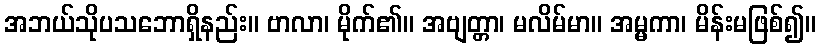
အဘယ်သိုပသဘောရှိနည်း။ ဗာလာ၊ မိုက်၏။ အဗျတ္တာ၊ မလိမ်မာ။ အမ္မကာ၊ မိန်းမဖြစ်၍။